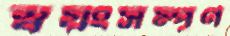
স্বয়ংসম্পূর্ণ